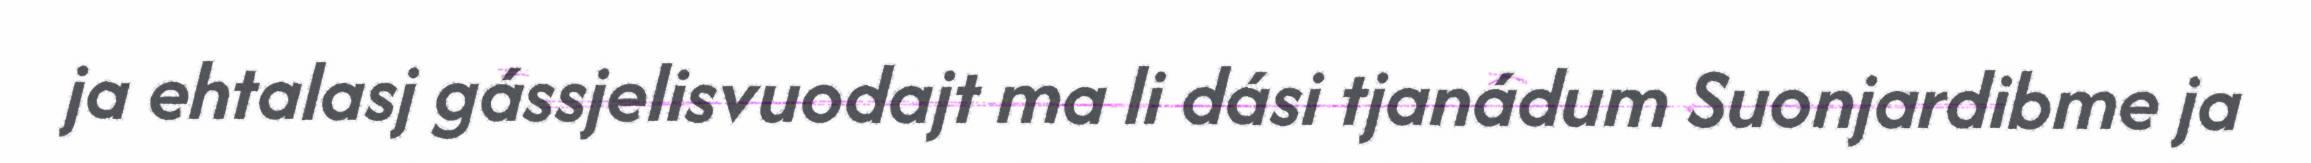
ja ehtalasj gássjelisvuodajt ma li dási tjanádum Suonjardibme ja